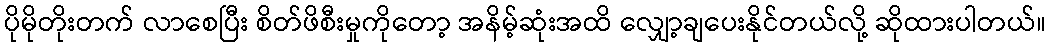
ပိုမိုတိုးတက် လာစေပြီး စိတ်ဖိစီးမှုကိုတော့ အနိမ့်ဆုံးအထိ လျှော့ချပေးနိုင်တယ်လို့ ဆိုထားပါတယ်။